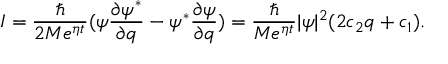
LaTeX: I = \frac \hbar { 2 M e ^ { \eta t } } ( \psi \frac { \partial \psi ^ { * } } { \partial q } - \psi ^ { * } \frac { \partial \psi } { \partial q } ) = \frac \hbar { M e ^ { \eta t } } | \psi | ^ { 2 } ( 2 c _ { 2 } q + c _ { 1 } ) .